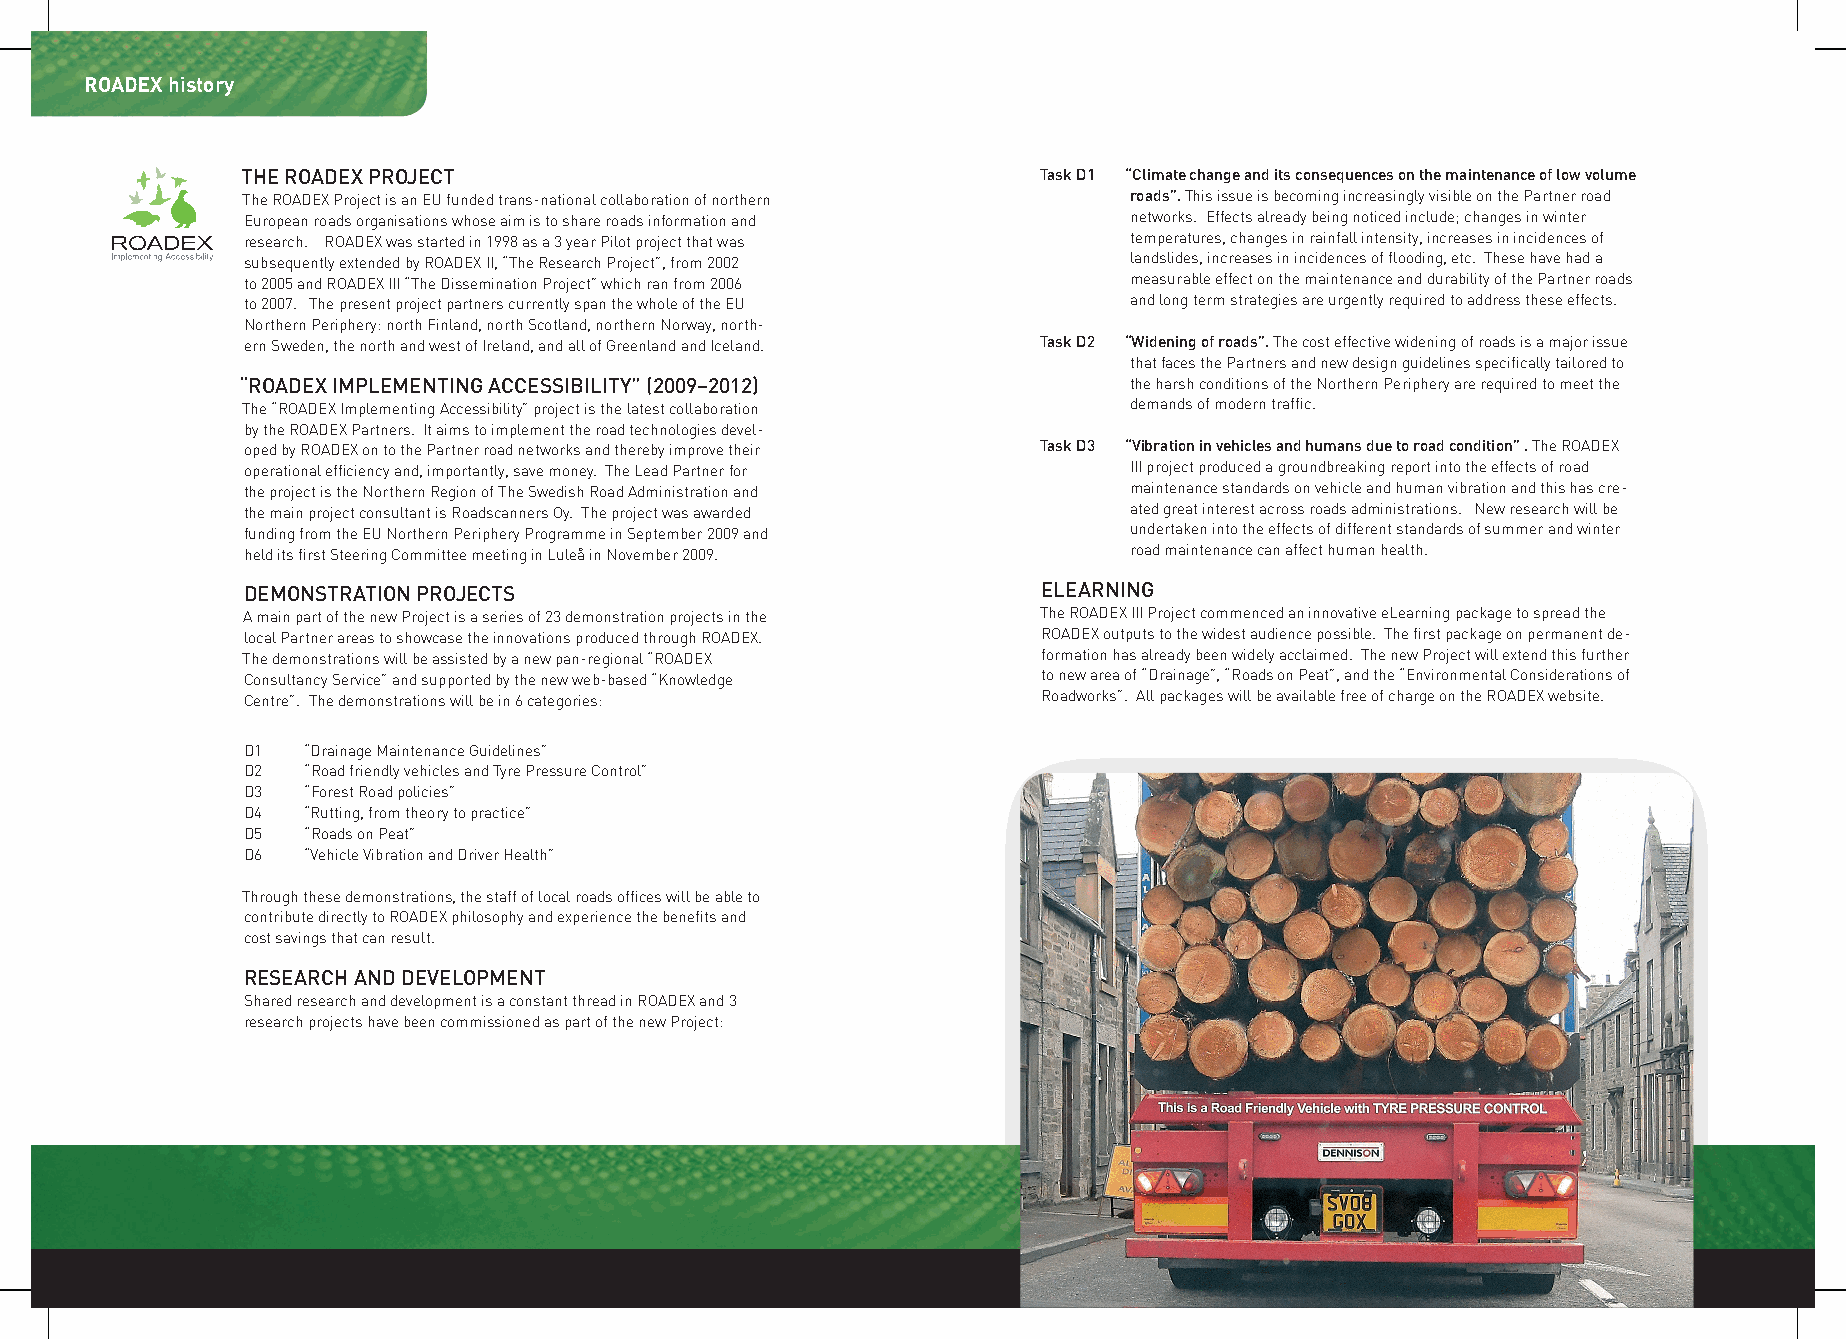
ROADEX history
 THE ROADEX PROjECT                                   Task D1 “Climate change and its consequences on the maintenance of low volume
 The ROADEX Project is an EU funded trans-national collaboration of northern roads”. This issue is becoming increasingly visible on the Partner road
 European roads organisations whose aim is to share roads information and networks. Effects already being noticed include; changes in winter
 research. ROADEX was started in 1998 as a 3 year Pilot project that was temperatures, changes in rainfall intensity, increases in incidences of
 subsequently extended by ROADEX II, “The Research Project”, from 2002 landslides, increases in incidences of flooding, etc. These have had a
 to 2005 and ROADEX III “The Dissemination Project” which ran from 2006 measurable effect on the maintenance and durability of the Partner roads
 to 2007. The present project partners currently span the whole of the EU and long term strategies are urgently required to address these effects.
 Northern Periphery: north Finland, north Scotland, northern Norway, north-
 ern Sweden, the north and west of Ireland, and all of Greenland and Iceland. Task D2 “Widening of roads”. The cost effective widening of roads is a major issue
 that faces the Partners and new design guidelines specifically tailored to
 “ROADEX ImPLEmENTINg ACCESSIbILITy” (2009–2012)            the harsh conditions of the Northern Periphery are required to meet the
 The “ROADEX Implementing Accessibility” project is the latest collaboration demands of modern traffic.
 by the ROADEX Partners. It aims to implement the road technologies devel-
 oped by ROADEX on to the Partner road networks and thereby improve their Task D3 “vibration in vehicles and humans due to road condition” . The ROADEX
 operational efficiency and, importantly, save money. The Lead Partner for III project produced a groundbreaking report into the effects of road
 the project is the Northern Region of The Swedish Road Administration and maintenance standards on vehicle and human vibration and this has cre-
 the main project consultant is Roadscanners Oy. The project was awarded ated great interest across roads administrations. New research will be
 funding from the EU Northern Periphery Programme in September 2009 and undertaken into the effects of different standards of summer and winter
 held its first Steering Committee meeting in Luleå in November 2009. road maintenance can affect human health.
 DEmONSTRATION PROjECTS                               ELEARNINg
 A main part of the new Project is a series of 23 demonstration projects in the The ROADEX III Project commenced an innovative eLearning package to spread the
 local Partner areas to showcase the innovations produced through ROADEX. ROADEX outputs to the widest audience possible. The first package on permanent de-
 The demonstrations will be assisted by a new pan-regional “ROADEX formation has already been widely acclaimed. The new Project will extend this further
 Consultancy Service” and supported by the new web-based “Knowledge to new area of “Drainage”, “Roads on Peat”, and the “Environmental Considerations of
 Centre”. The demonstrations will be in 6 categories: Roadworks”. All packages will be available free of charge on the ROADEX website.
 D1  “Drainage Maintenance Guidelines”
 D2  “Road friendly vehicles and Tyre Pressure Control”
 D3  “Forest Road policies”
 D4  “Rutting, from theory to practice”
 D5  “Roads on Peat”
 D6  “Vehicle Vibration and Driver Health”
 Through these demonstrations, the staff of local roads offices will be able to
 contribute directly to ROADEX philosophy and experience the benefits and
 cost savings that can result.
 RESEARCH AND DEvELOPmENT
 Shared research and development is a constant thread in ROADEX and 3
 research projects have been commissioned as part of the new Project: